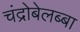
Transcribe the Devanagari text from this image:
चंद्रोबेलब्बा